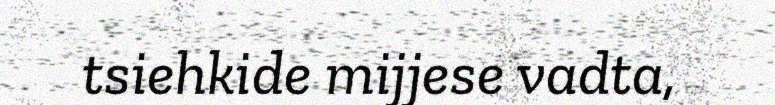
tsiehkide mijjese vadta,